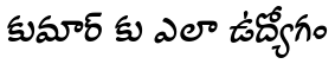
కుమార్ కు ఎలా ఉద్యోగం